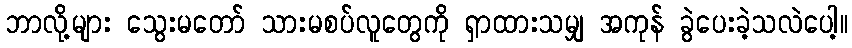
ဘာလို့များ သွေးမတော် သားမစပ်လူတွေကို ရှာထားသမျှ အကုန် ခွဲပေးခဲ့သလဲပေါ့။